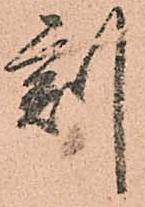
刻